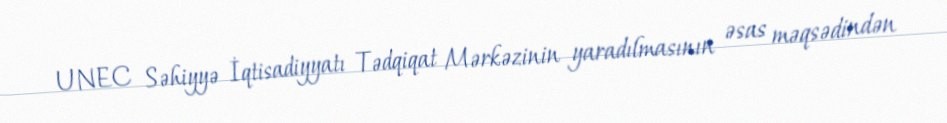
UNEC Səhiyyə İqtisadiyyatı Tədqiqat Mərkəzinin yaradılmasının əsas məqsədindən